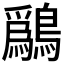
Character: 𫛔